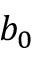
b _ { 0 }